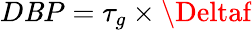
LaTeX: D\mathit{B}P=\tau_{g}\times\Deltaf